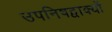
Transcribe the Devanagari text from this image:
उपनिषद्वाक्यों